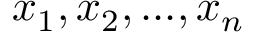
x _ { 1 } , x _ { 2 } , . . . , x _ { n }